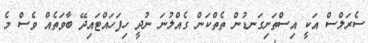
ސެރަލްސް އަކީ އިސްތަށިގަނޑުން ތެތްކަން ގެއްލުނަ ނުދީ ހިފަހައްޓައިދޭ ބާވަތެއް ވެސް މެ